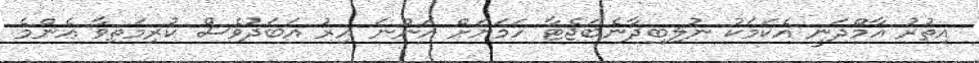
އިތުރު އާމްދަނީ އެކަމަކު ނުލިބިދާނެބަޖެޓާ ހަމަޔަށް އަންނަ އިރު އަބަދުވެސް ކުރިމަތިވާ އެންމެ